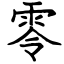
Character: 零